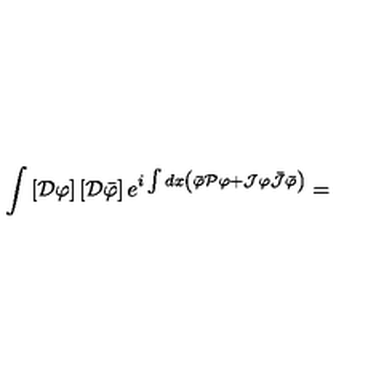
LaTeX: \int \left[ { \cal D } \varphi \right] \left[ { \cal D } \bar { \varphi } \right] e ^ { i \int d x \left( \bar { \varphi } { \cal P } \varphi + { \cal J } \varphi \bar { { \cal J } } \bar { \varphi } \right) } =